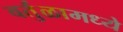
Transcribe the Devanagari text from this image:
वर्तुळामध्ये